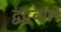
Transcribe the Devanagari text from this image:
द्वंद्ववाले